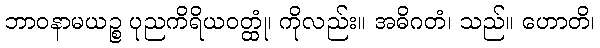
ဘာဝနာမယဉ္စ ပုညကိရိယဝတ္ထုံ၊ ကိုလည်း။ အဓိဂတံ၊ သည်။ ဟောတိ၊